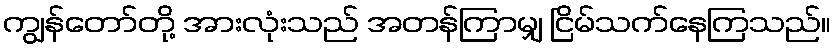
ကျွန်တော်တို့ အားလုံးသည် အတန်ကြာမျှ ငြိမ်သက်နေကြသည်။